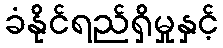
ခံနိုင်ရည်ရှိမှုနှင့်